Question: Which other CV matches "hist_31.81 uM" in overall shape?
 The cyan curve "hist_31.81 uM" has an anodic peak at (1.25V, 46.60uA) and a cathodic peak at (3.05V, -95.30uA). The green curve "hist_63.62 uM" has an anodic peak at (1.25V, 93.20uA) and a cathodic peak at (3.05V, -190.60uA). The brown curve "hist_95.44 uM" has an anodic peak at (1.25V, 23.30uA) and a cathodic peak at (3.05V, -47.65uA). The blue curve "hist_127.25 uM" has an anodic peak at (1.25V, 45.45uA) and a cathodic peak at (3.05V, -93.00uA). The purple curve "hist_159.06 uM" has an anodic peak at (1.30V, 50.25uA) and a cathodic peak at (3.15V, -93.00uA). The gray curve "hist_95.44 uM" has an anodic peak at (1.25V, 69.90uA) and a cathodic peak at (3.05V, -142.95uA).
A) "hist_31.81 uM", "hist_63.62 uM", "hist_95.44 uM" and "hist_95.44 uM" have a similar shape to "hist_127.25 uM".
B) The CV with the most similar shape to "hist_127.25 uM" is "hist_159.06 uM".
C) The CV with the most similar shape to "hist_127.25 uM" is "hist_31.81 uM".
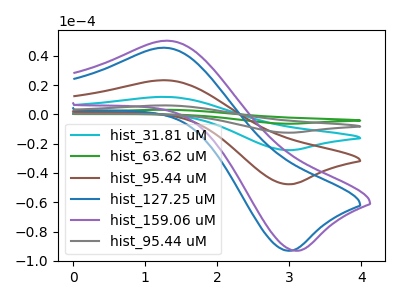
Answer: <think>All the peaks in "hist_31.81 uM" have a peak in "hist_63.62 uM" at the same potential. Every peak in "hist_31.81 uM" is lower than every peak in "hist_63.62 uM". All the peaks in "hist_31.81 uM" have a peak in "hist_95.44 uM" at the same potential. Every peak in "hist_31.81 uM" is higher than every peak in "hist_95.44 uM". All the peaks in "hist_31.81 uM" have a peak in "hist_127.25 uM" at the same potential. Every peak in "hist_31.81 uM" is higher than every peak in "hist_127.25 uM". "hist_31.81 uM" and "hist_159.06 uM" have at least one peak that do not match. All the peaks in "hist_31.81 uM" have a peak in "hist_95.44 uM" at the same potential. Every peak in "hist_31.81 uM" is lower than every peak in "hist_95.44 uM". All the peaks in "hist_63.62 uM" have a peak in "hist_95.44 uM" at the same potential. Every peak in "hist_63.62 uM" is higher than every peak in "hist_95.44 uM". All the peaks in "hist_63.62 uM" have a peak in "hist_127.25 uM" at the same potential. Every peak in "hist_63.62 uM" is higher than every peak in "hist_127.25 uM". "hist_63.62 uM" and "hist_159.06 uM" have at least one peak that do not match. All the peaks in "hist_63.62 uM" have a peak in "hist_95.44 uM" at the same potential. Every peak in "hist_63.62 uM" is higher than every peak in "hist_95.44 uM". All the peaks in "hist_95.44 uM" have a peak in "hist_127.25 uM" at the same potential. Every peak in "hist_95.44 uM" is lower than every peak in "hist_127.25 uM". "hist_95.44 uM" and "hist_159.06 uM" have at least one peak that do not match. All the peaks in "hist_95.44 uM" have a peak in "hist_95.44 uM" at the same potential. Every peak in "hist_95.44 uM" is lower than every peak in "hist_95.44 uM". "hist_127.25 uM" and "hist_159.06 uM" have at least one peak that do not match. All the peaks in "hist_127.25 uM" have a peak in "hist_95.44 uM" at the same potential. Every peak in "hist_127.25 uM" is lower than every peak in "hist_95.44 uM". "hist_159.06 uM" and "hist_95.44 uM" have at least one peak that do not match.
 </think>
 <answer>A) "hist_31.81 uM", "hist_63.62 uM", "hist_95.44 uM" and "hist_95.44 uM" have a similar shape to "hist_127.25 uM".</answer>
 <eval>A</eval>